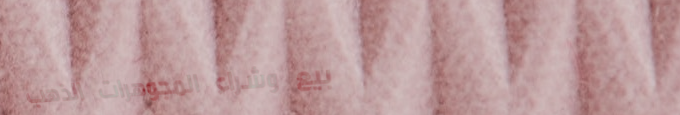
بيع وشراء المجوهرات الذهب